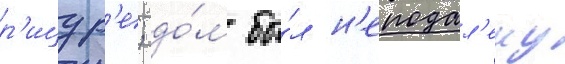
р'ицур'е; до́м бы́л н'еподал'еку